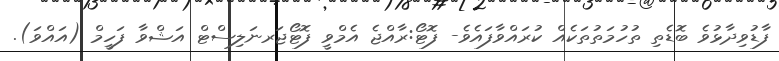
ފާޑުވިދާޅުވެ ބޮޑެތި ތުހުމަތުތަކެއް ކުރައްވާފައެވެ- ފޮޓޯ:ރާއްޖެ އެމްވީ ފޮޓޯޖަރނަލިސްޓް އަޝްވާ ފަހީމް (އައްވަ).